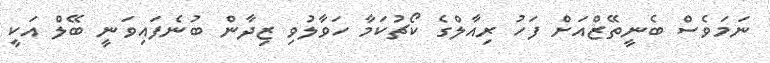
ނަމަވެސް ބެނީތޭޒްއަށް ފަހު ރިއާލްގެ ކޯޗުކަމާ ހަވާލުވި ޒިދާން ބުނެފައިވަނީ ބޭލް އަކީ